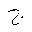
Letter: _gim